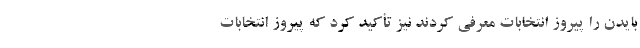
بایدن را پیروز انتخابات معرفی کردند نیز تأکید کرد که پیروز انتخابات